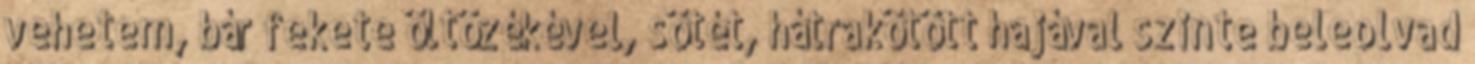
vehetem, bár fekete öltözékével, sötét, hátrakötött hajával szinte beleolvad